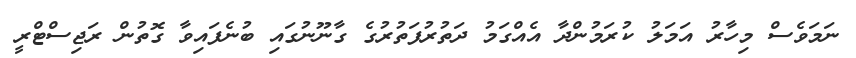
ނަމަވެސް މިހާރު އަމަލު ކުރަމުންދާ އެއްގަމު ދަތުރުފަތުރުގެ ގާނޫނުގައި ބުނެފައިވާ ގޮތުން ރަޖިސްޓްރީ